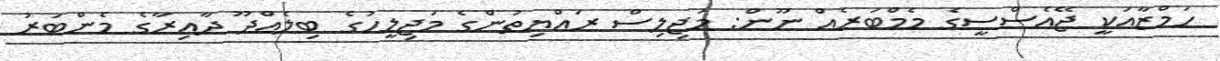
ހަމްޒާއަކީ ޖޭއެސްސީގެ މެމްބަރެއް ނޫން: މަޖިލިސް ރައްޔިތުންގެ މަޖިލީހުގެ ބިލެއްދޫ ދާއިރާގެ މެންބަރު